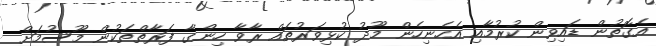
އެގޮތުން ޑައިވިން ކުރުމާއި އެހެނިހެން މޫދު ކުޅިވަރުތައް ރާވާ ހިންގާ ފަރާތްތަކުން މޫސުމަށް